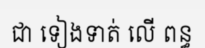
ជា ទៀងទាត់ លើ ពន្ធ